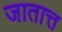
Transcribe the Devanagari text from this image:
जातात्त